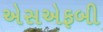
એસએફબી